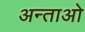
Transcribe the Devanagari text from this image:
अन्ताओ